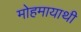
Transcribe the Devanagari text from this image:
मोहमायाथी